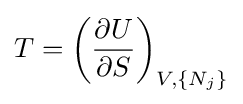
T=\left({\frac {\partial U}{\partial S}}\right)_{V,\{N_{j}\}}